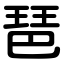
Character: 琶